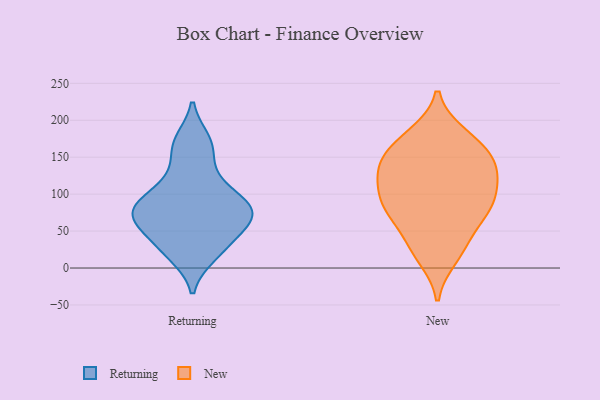
{"axis": {"x": "Net Income (USD K)", "y": "Value"}, "legend": ["New", "Returning"], "data": [{"x": "", "y": 74, "type": "Returning"}, {"x": "", "y": 25, "type": "Returning"}, {"x": "", "y": 17, "type": "Returning"}, {"x": "", "y": 126, "type": "Returning"}, {"x": "", "y": 102, "type": "Returning"}, {"x": "", "y": 162, "type": "Returning"}, {"x": "", "y": 57, "type": "Returning"}, {"x": "", "y": 78, "type": "Returning"}, {"x": "", "y": 70, "type": "Returning"}, {"x": "", "y": 91, "type": "Returning"}, {"x": "", "y": 43, "type": "Returning"}, {"x": "", "y": 77, "type": "Returning"}, {"x": "", "y": 173, "type": "Returning"}, {"x": "", "y": 30, "type": "New"}, {"x": "", "y": 133, "type": "New"}, {"x": "", "y": 178, "type": "New"}, {"x": "", "y": 180, "type": "New"}, {"x": "", "y": 92, "type": "New"}, {"x": "", "y": 120, "type": "New"}, {"x": "", "y": 129, "type": "New"}, {"x": "", "y": 112, "type": "New"}, {"x": "", "y": 28, "type": "New"}, {"x": "", "y": 144, "type": "New"}, {"x": "", "y": 91, "type": "New"}, {"x": "", "y": 141, "type": "New"}, {"x": "", "y": 15, "type": "New"}, {"x": "", "y": 82, "type": "New"}, {"x": "", "y": 158, "type": "New"}, {"x": "", "y": 71, "type": "New"}, {"x": "", "y": 162, "type": "New"}, {"x": "", "y": 83, "type": "New"}, {"x": "", "y": 67, "type": "New"}]}